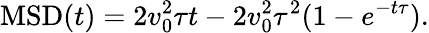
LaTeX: \textnormal{MSD}(t)=2v_{0}^{2}\tau t-2v_{0}^{2}\tau^{2}(1-e^{-t\tau}).